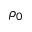
\rho _ { 0 }